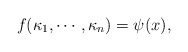
\begin{align*}f(\kappa_1, \cdots, \kappa_n)=\psi(x),\end{align*}